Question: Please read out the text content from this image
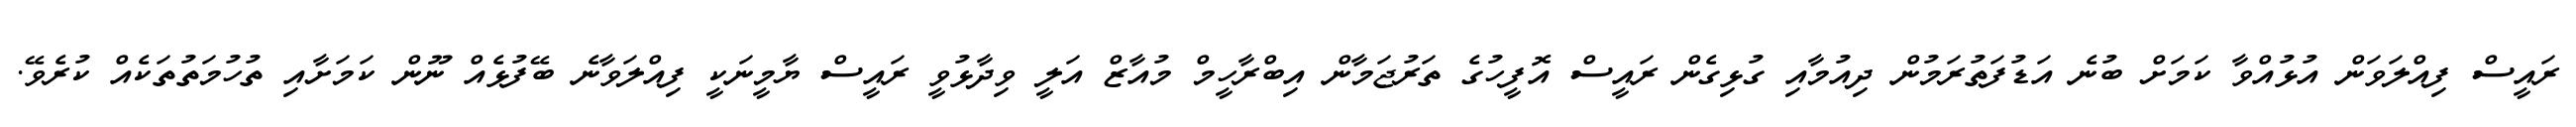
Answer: ރައީސް ފިއްލަވަން އުޅުއްވާ ކަމަށް ބުނެ އަޑުފަތުރަމުން ދިއުމާއި ގުޅިގެން ރައީސް އޮފީހުގެ ތަރުޖަމާން އިބްރާހީމް މުއާޒް އަލީ ވިދާޅުވީ ރައީސް ޔާމީނަކީ ފިއްލަވާނެ ބޭފުޅެއް ނޫން ކަމަށާއި ތުހުމަތުތަކެއް ކުރެވޭ.